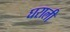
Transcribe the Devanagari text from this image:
घराली